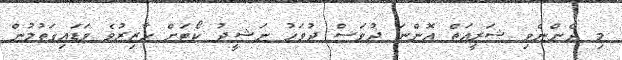
މި ދެންނެވި ޝަރީއަތް އޮންނަ ދުވަސް ދުވަހު ނަޝީދު ކޯޓަށް ހާޒިރުވެ ވަޑައިގަތުމުން